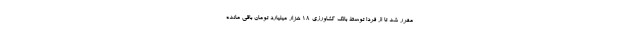
مقرر شد تا از فردا توسط بانک کشاورزی ۱۸ هزار میلیارد تومان باقی مانده